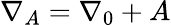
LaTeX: \nabla_{A}=\nabla_{0}+A